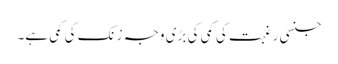
جنسی رغبت کی کمی کی بڑی وجہ زنک کی کمی ہے۔